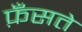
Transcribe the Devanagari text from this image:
फ़ँसते